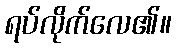
ရပ်လိုက်လေ၏။